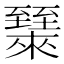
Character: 𬛶